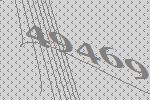
49469